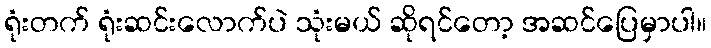
ရုံးတက် ရုံးဆင်းလောက်ပဲ သုံးမယ် ဆိုရင်တော့ အဆင်ပြေမှာပါ။